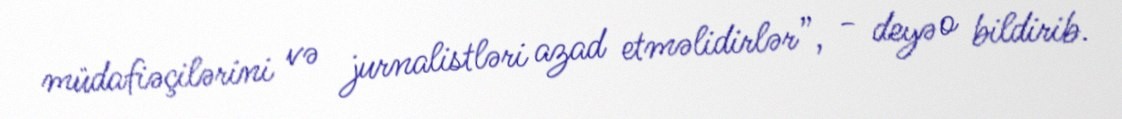
müdafiəçilərini və jurnalistləri azad etməlidirlər”, - deyə o bildirib.